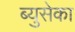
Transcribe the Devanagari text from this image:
ब्युसेका